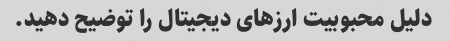
دلیل محبوبیت ارزهای دیجیتال را توضیح دهید.